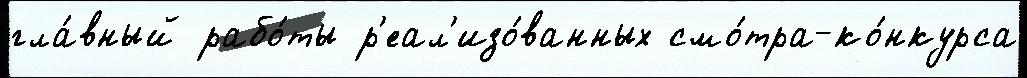
гла́вный рабо́ты р'еал'изо́ванных смо́тра-ко́нкурса